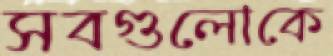
সবগুলোকে